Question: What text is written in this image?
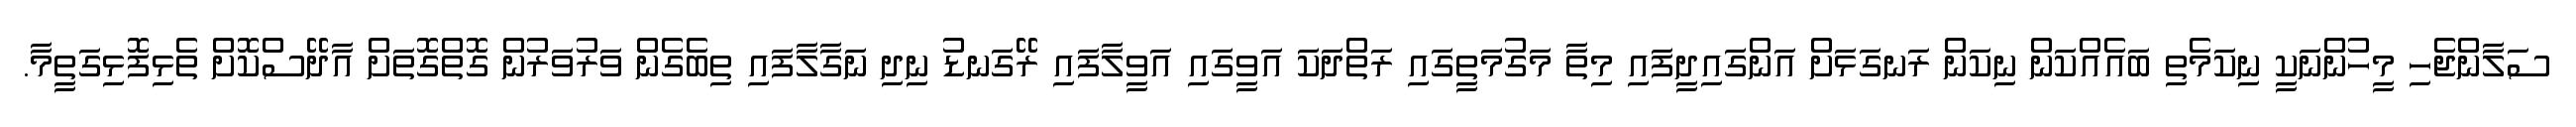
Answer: ސަލާންޖެހި މީހުންނަކީ ނިކަމެތި ބައެއްކަން ނިކަން ރަނގަޅަށް އަންގައިދީފައި މިތާ މަގުމަތީގައި ރަތްދަކަ އަވީގައި އަވީލާފައި ރޭގަނޑު ނިދި ނަގާލާފައި ތިބެގެން ވަރުވަރުން ގޮތްގޮތަށް އާދޭސްކޮށް ތެޅިފޮޅިގަތީމާ.